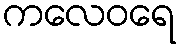
ကလေဝရေ